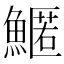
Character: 𩺱